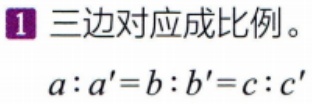
1 三边对应成比例。

\(a:a' = b:b' = c:c'\)